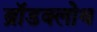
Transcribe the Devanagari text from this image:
ब्रॉडक्लोथ